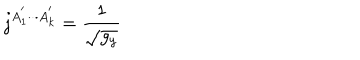
j ^ { A _ { 1 } ^ { ^ { \prime } } \cdot \cdot \cdot A _ { k } ^ { ^ { \prime } } } = \frac 1 { \sqrt { g _ { y } } }